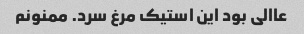
عاالی بود این استیک مرغ سرد. ممنونم